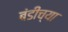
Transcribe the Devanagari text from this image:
बंडीच्या